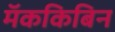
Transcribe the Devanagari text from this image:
मॅककिबिन